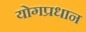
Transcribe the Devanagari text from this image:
योगप्रधान